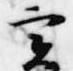
実